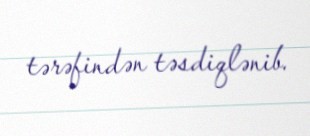
tərəfindən təsdiqlənib.